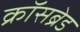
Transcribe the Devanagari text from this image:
क्रॉसब्रेड